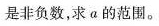
是非负数，求α的范围。